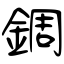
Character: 錭